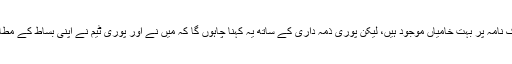
مجھے اندازہ ہے کہ ابھی کرک نامہ پر بہت خامیاں موجود ہیں، لیکن پوری ذمہ داری کے ساتھ یہ کہنا چاہوں گا کہ میں نے اور پوری ٹیم نے اپنی بساط کے مطابق کوئی کسر نہیں اٹھا رکھی۔